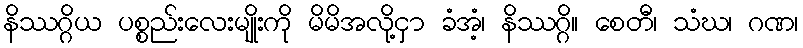
နိဿဂ္ဂိယ ပစ္စည်းလေးမျိုးကို မိမိအလို့ငှာ ခံအံ့၊ နိဿဂ္ဂိ။ စေတီ၊ သံဃ၊ ဂဏ၊